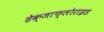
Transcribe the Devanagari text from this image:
हेक्जाफ्लोराइड